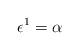
LaTeX: \begin{align*}\epsilon^1 = \alpha\end{align*}